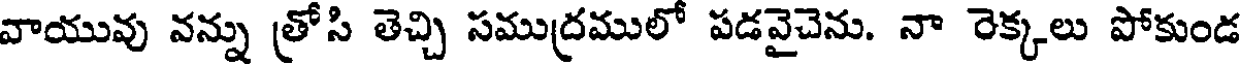
వాయువు వన్ను త్రోసి తెచ్చి సముద్రములో పడవైచెను. నా రెక్కలు పోకుండ